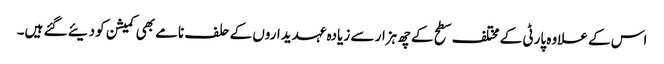
اس کے علاوہ پارٹی کے مختلف سطح کے چھ ہزار سے زیادہ عہدیداروں کے حلف نامے بھی کمیشن کو دیئے گئے ہیں۔